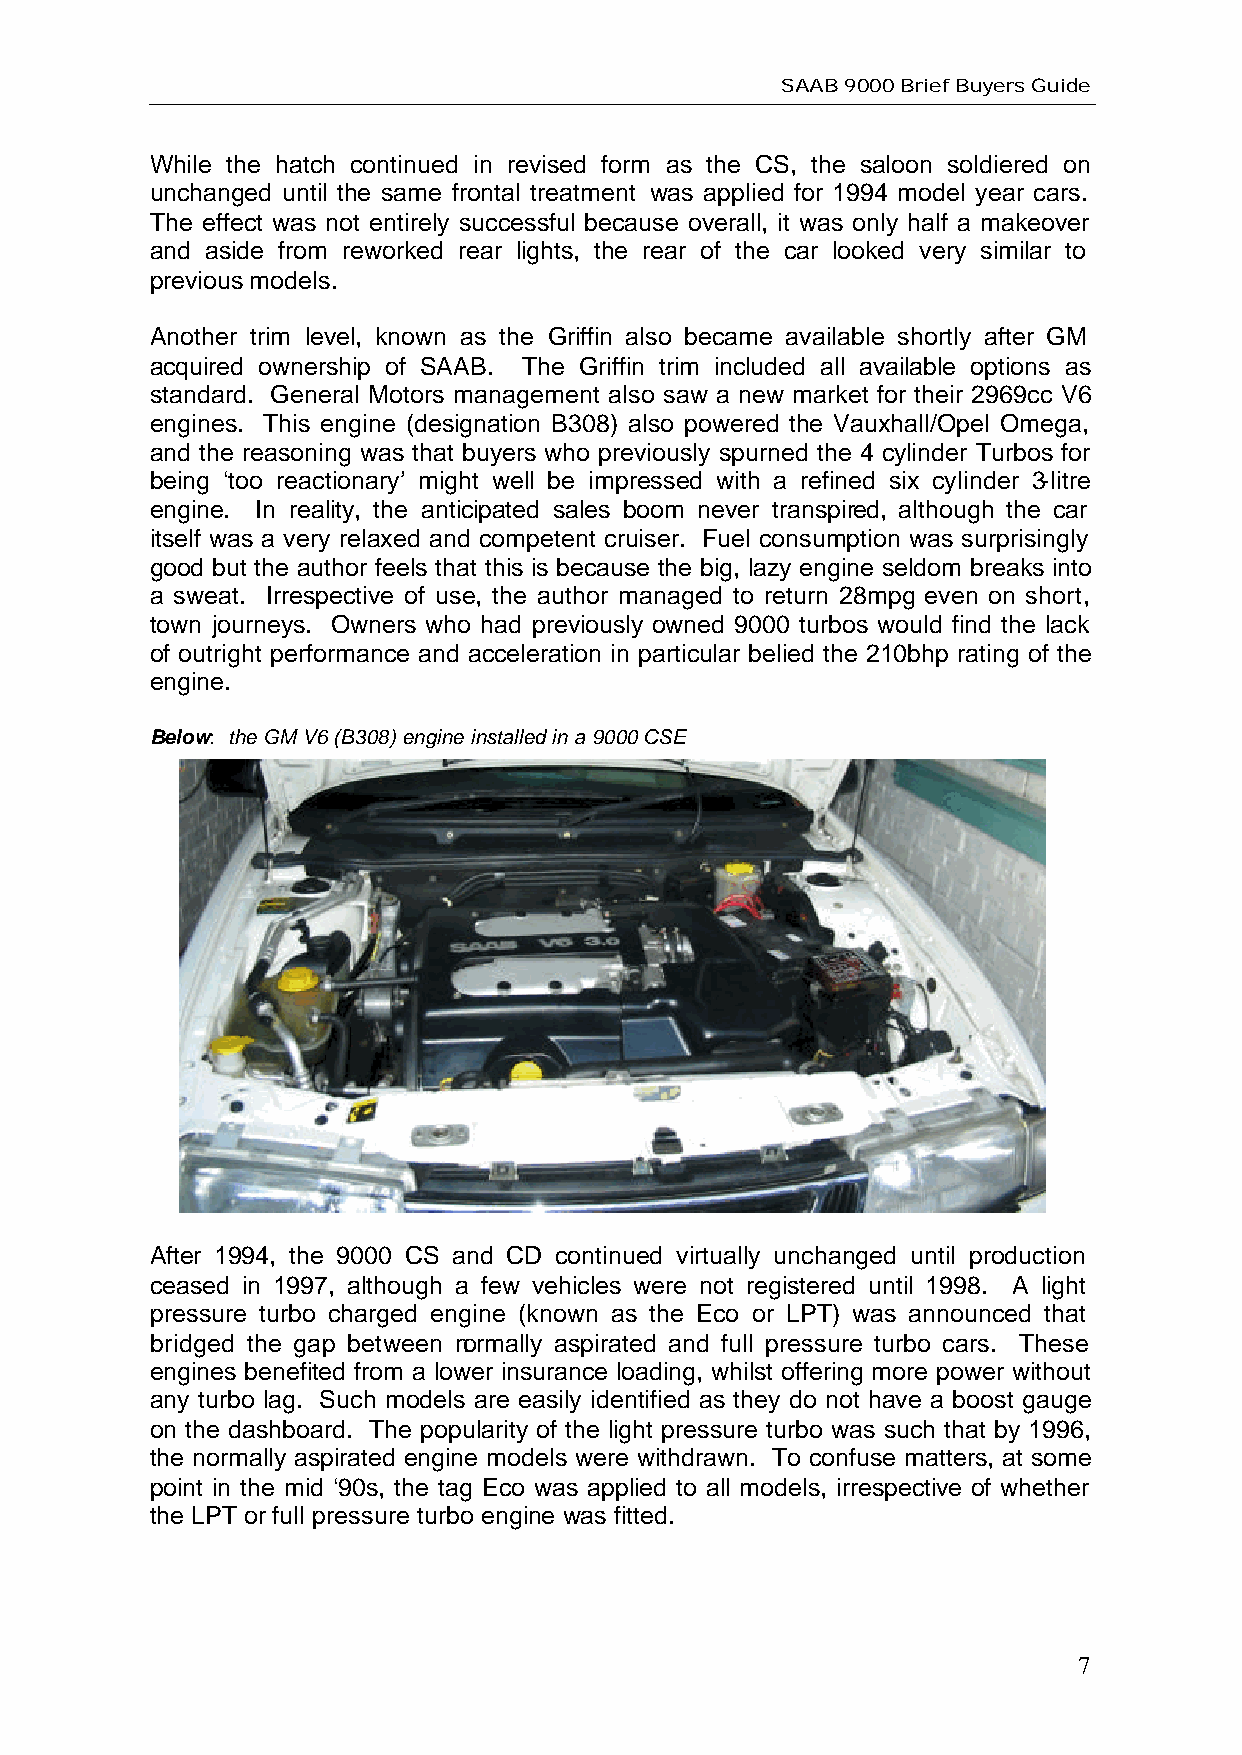
SAAB 9000 Brief Buyers Guide
 While the hatch continued in revised form as the CS, the saloon soldiered on
 unchanged until the same frontal treatment was applied for 1994 model year cars.
 The effect was not entirely successful because overall, it was only half a makeover
 and aside from reworked rear lights, the rear of the car looked very similar to
 previous models.
 Another trim level, known as the Griffin also became available shortly after GM
 acquired ownership of SAAB. The Griffin trim included all available options as
 standard. General Motors management also saw a new market for their 2969cc V6
 engines. This engine (designation B308) also powered the Vauxhall/Opel Omega,
 and the reasoning was that buyers who previously spurned the 4 cylinder Turbos for
 being ‘too reactionary’ might well be impressed with a refined six cylinder 3-litre
 engine. In reality, the anticipated sales boom never transpired, although the car
 itself was a very relaxed and competent cruiser. Fuel consumption was surprisingly
 good but the author feels that this is because the big, lazy engine seldom breaks into
 a sweat. Irrespective of use, the author managed to return 28mpg even on short,
 town journeys. Owners who had previously owned 9000 turbos would find the lack
 of outright performance and acceleration in particular belied the 210bhp rating of the
 engine.
 Below: the GM V6 (B308) engine installed in a 9000 CSE
 After 1994, the 9000 CS and CD continued virtually unchanged until production
 ceased in 1997, although a few vehicles were not registered until 1998. A light
 pressure turbo charged engine (known as the Eco or LPT) was announced that
 bridged the gap between normally aspirated and full pressure turbo cars. These
 engines benefited from a lower insurance loading, whilst offering more power without
 any turbo lag. Such models are easily identified as they do not have a boost gauge
 on the dashboard. The popularity of the light pressure turbo was such that by 1996,
 the normally aspirated engine models were withdrawn. To confuse matters, at some
 point in the mid ‘90s, the tag Eco was applied to all models, irrespective of whether
 the LPT or full pressure turbo engine was fitted.
 7